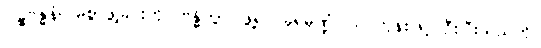
ဂါဠှဗန္ဓနံ၊ မြဲစွာဖွဲ့ခြင်းကို။ ဗန္ဓိတွာ၊ ဖွဲ့၍။ ခုရမုဏ္ဍံ၊ သင်တုန်းဖြင့် ဦးပြီးသည်ကို။